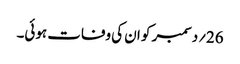
26؍دسمبر کو ان کی وفات ہوئی۔